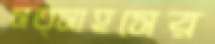
সত্সাহসের